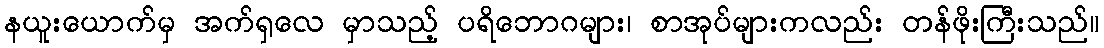
နယူးယောက်မှ အက်ရှလေ မှာသည့် ပရိဘောဂများ၊ စာအုပ်များကလည်း တန်ဖိုးကြီးသည်။